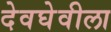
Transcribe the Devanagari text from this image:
देवघेवीला